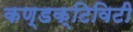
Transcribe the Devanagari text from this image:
कण्डक्टिविटी